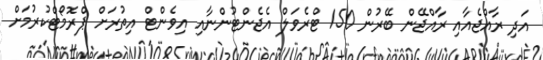
އަދި ރާއްޖެއާއި ރާއްޖޭން ބޭރުން 150 ޓްރެވަލް އެޖެންޓުންނާއި އިވެންޓް އިތުރަށް ޕްރޮމޯޓްކުރުމަށް